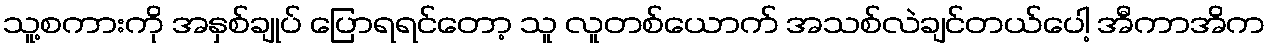
သူ့စကားကို အနှစ်ချုပ် ပြောရရင်တော့ သူ လူတစ်ယောက် အသစ်လဲချင်တယ်ပေါ့ အီကာအိက